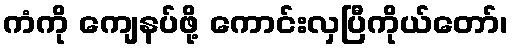
ကံကို ကျေနပ်ဖို့ ကောင်းလှပြီကိုယ်တော်၊